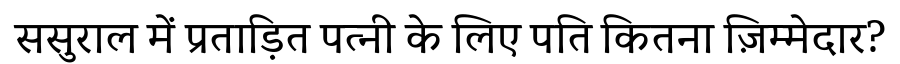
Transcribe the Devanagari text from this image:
ससुराल में प्रताड़ित पत्नी के लिए पति कितना ज़िम्मेदार?